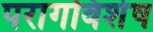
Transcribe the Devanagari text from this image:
परागविशेष